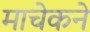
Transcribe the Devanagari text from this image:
माचेकने